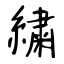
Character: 繍